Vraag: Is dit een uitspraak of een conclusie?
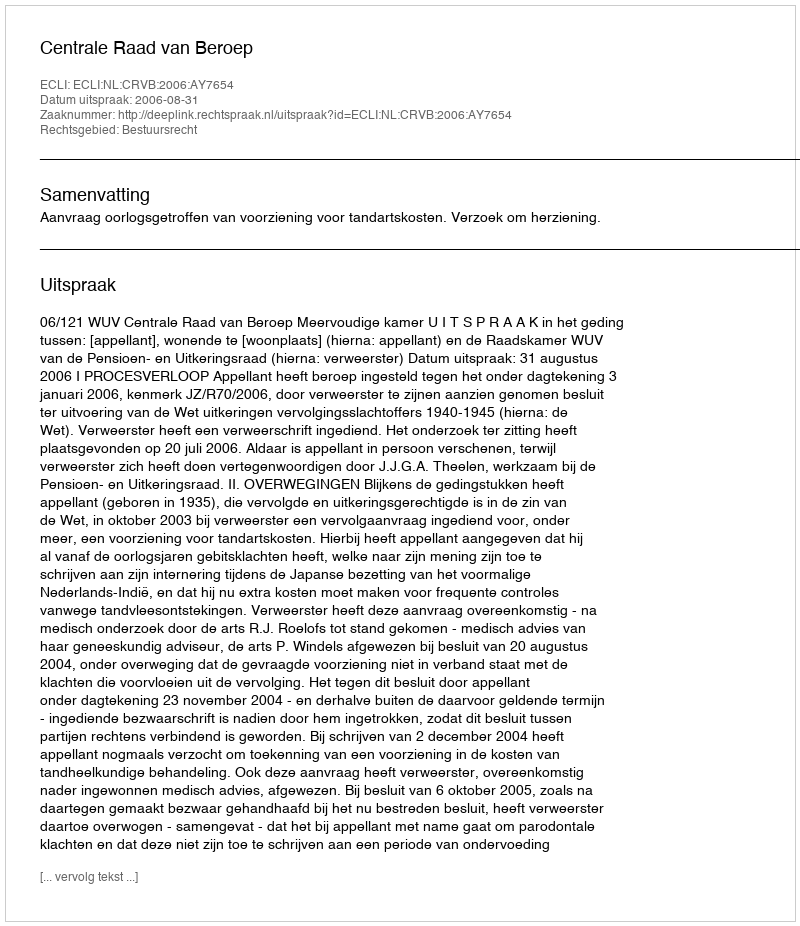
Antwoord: Uitspraak